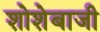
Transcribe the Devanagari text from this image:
शोशेबाजी